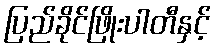
ပြည်ခိုင်ဖြိုးပါတီနှင့်